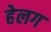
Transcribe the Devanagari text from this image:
हेलग